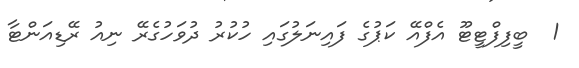
1  ބީފިފްޓީޓޫ އެފްއޭ ކަޕުގެ ފައިނަލުގައި ހުކުރު ދުވަހުގެރޭ ނިއު ރޭޑިއަންޓާ